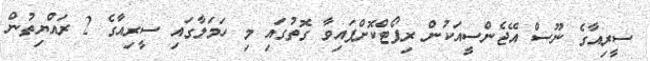
ސީރިއާގެ ނޫސް އޭޖެންސީއަކުން ރިޕޯޓްކޮށްފައިވާ ގޮތުގައި މި ހަމަލާގައި ސީރިއާގެ 2 ރައްޔިތުން